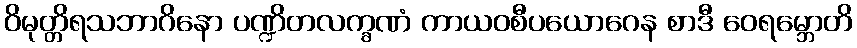
ဝိမုတ္တိရသဘာဂိနော ပဏ္ဍိတလက္ခဏံ ကာယဝစီပယောဂေန စာဒီ ဝေရမ္ဘောတိ